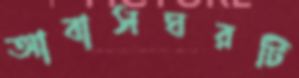
আবাসঘরটি